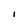
Character: I